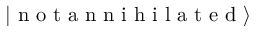
\left| \textrm { n o t a n n i h i l a t e d } \right\rangle